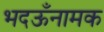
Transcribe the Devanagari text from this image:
भदऊँनामक